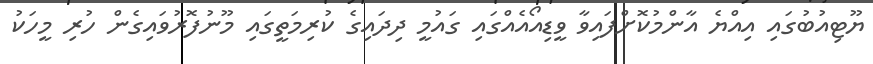
ޔޫޓިއުބުގައި އިއްޔެ އާންމުކޮށްފައިވާ ވީޑިއޯއެއްގައި ގައުމީ ދިދައިގެ ކުރިމަތީގައި މޫނުފޮރުވައިގެން ހުރި މީހަކު